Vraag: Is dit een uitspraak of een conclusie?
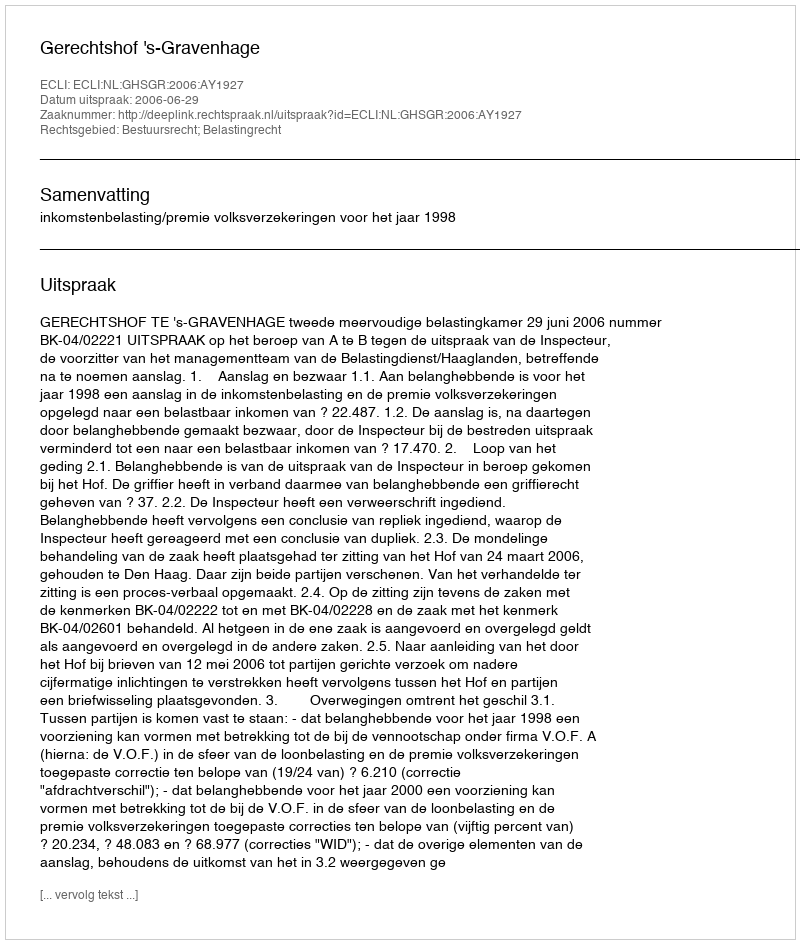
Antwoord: Uitspraak